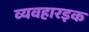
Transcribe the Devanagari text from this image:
व्यवहारइक